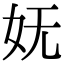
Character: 妩